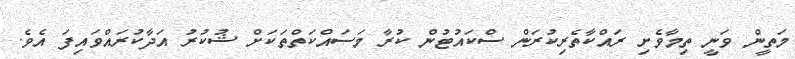
މަތީން ވަނީ ތިމާވެށި ރައްކާތެރިކުރަން ސްކައުޓުން ކުރާ މަސައްކަތްތަކަށް ޝުކުރު އަދާކުރައްވައިފަ އެވެ.